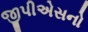
જીપીએસનો